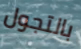
بالتجول